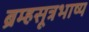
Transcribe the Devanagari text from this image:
ब्रम्हसूत्रभाष्य